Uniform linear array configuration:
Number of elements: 8
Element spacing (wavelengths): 0.25
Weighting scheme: blackman
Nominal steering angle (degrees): -60
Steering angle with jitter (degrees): -60.173
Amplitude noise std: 0.05
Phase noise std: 0.05

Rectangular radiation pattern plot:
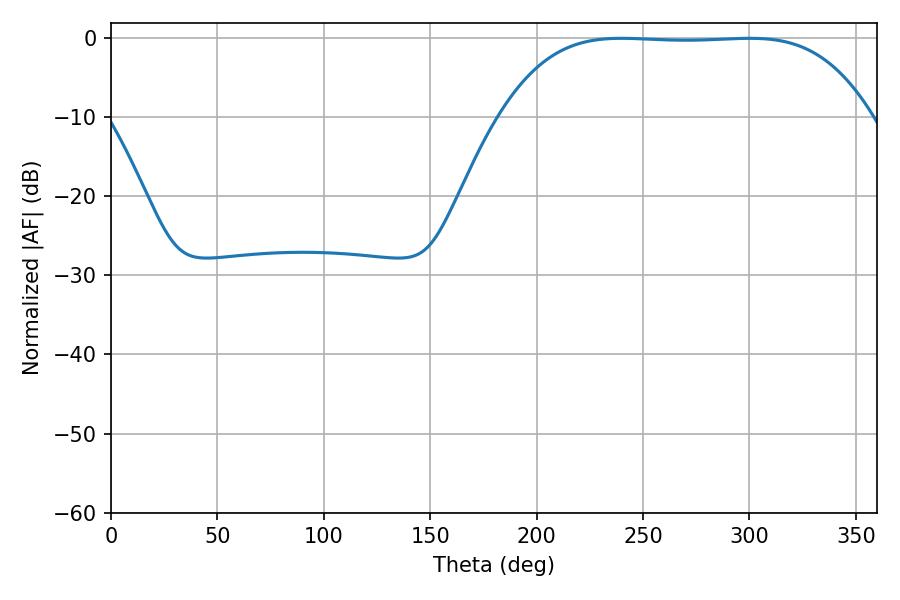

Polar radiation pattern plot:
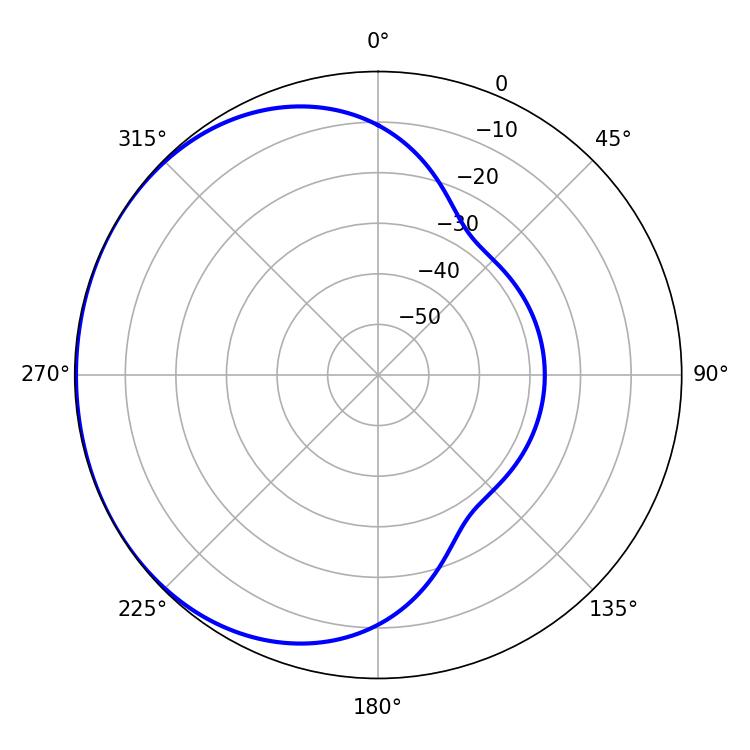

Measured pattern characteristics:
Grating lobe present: FALSE
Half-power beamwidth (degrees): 133.56
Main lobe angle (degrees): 239.94